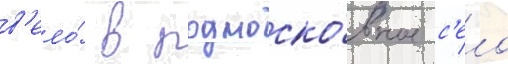
в'ело́ в подмоско́вное с'ело